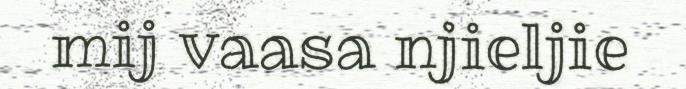
mij vaasa njieljie